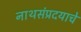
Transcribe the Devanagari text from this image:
नाथसंप्रदयाचे